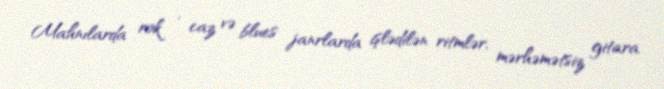
Mahnılarda rok , caz və blues janrlarda işlədilən ritmlər, mərhəmətsiz gitara